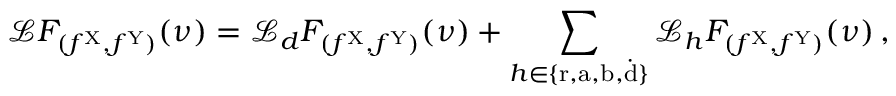
\mathcal { L } F _ { ( f ^ { \mathrm { X } } , f ^ { \mathrm { Y } } ) } ( \nu ) = \mathcal { L } _ { d } F _ { ( f ^ { \mathrm { X } } , f ^ { \mathrm { Y } } ) } ( \nu ) + \sum _ { h \in \{ \mathrm { r } , \mathrm { a } , \mathrm { b } , \dot { \mathrm { d } } \} } \mathcal { L } _ { h } F _ { ( f ^ { \mathrm { X } } , f ^ { \mathrm { Y } } ) } ( \nu ) \, ,